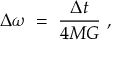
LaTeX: \Delta \omega \; = \; { \frac { \Delta t } { 4 M G } } \ ,